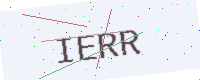
Text: IERR